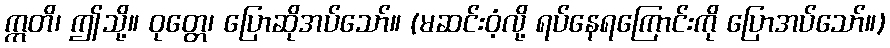
ဣတိ၊ ဤသို့။ ဝုတ္တေ၊ ပြောဆိုအပ်သော်။ (မဆင်းဝံ့လို့ ရပ်နေရကြောင်းကို ပြောအပ်သော်။)